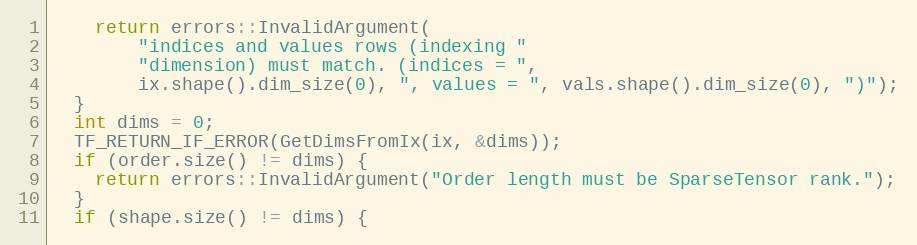
Language: C++
    return errors::InvalidArgument(
        "indices and values rows (indexing "
        "dimension) must match. (indices = ",
        ix.shape().dim_size(0), ", values = ", vals.shape().dim_size(0), ")");
  }
  int dims = 0;
  TF_RETURN_IF_ERROR(GetDimsFromIx(ix, &dims));
  if (order.size() != dims) {
    return errors::InvalidArgument("Order length must be SparseTensor rank.");
  }
  if (shape.size() != dims) {